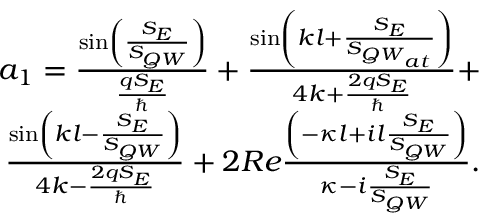
\begin{array} { r } { a _ { 1 } = \frac { \sin \left( \frac { S _ { E } } { S _ { { Q W } } } \right) } { \frac { q S _ { E } } { \hbar } } + \frac { \sin \left( k l + \frac { S _ { E } } { S _ { { Q W } _ { a t } } } \right) } { 4 k + \frac { 2 q S _ { E } } { \hbar } } + } \\ { \frac { \sin \left( k l - \frac { S _ { E } } { S _ { { Q W } } } \right) } { 4 k - \frac { 2 q S _ { E } } { \hbar } } + 2 R e \frac { \left( - \kappa l + i l \frac { S _ { E } } { S _ { { Q W } } } \right) } { \kappa - i \frac { S _ { E } } { S _ { { Q W } } } } . } \end{array}